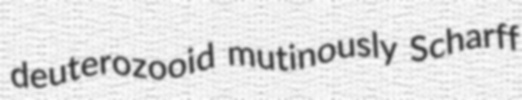
deuterozooid mutinously Scharff